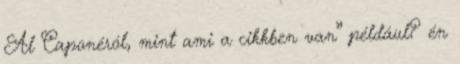
Al Caponéról, mint ami a cikkben van” például? én